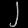
Digit: ၂